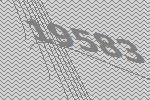
19583